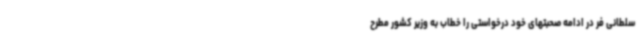
سلطانی فر در ادامه صحبتهای خود درخواستی را خطاب به وزیر کشور مطرح